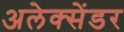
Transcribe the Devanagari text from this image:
अलेक्सेंडर